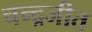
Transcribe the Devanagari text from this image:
चन्द्रजीत